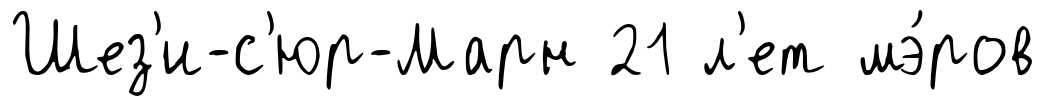
Шез'и-с'юр-Марн 21 л'ет мэ́ров